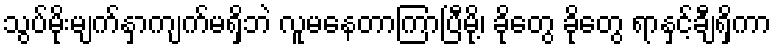
သွပ်မိုးမျက်နှာကျက်မရှိဘဲ လူမနေတာကြာပြီမို့၊ ခိုတွေ ခိုတွေ ရာနှင့်ချီရှိကာ